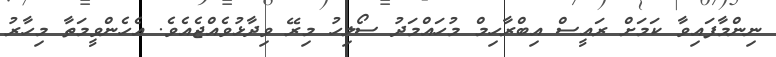
ނިންމާފައިވާ ކަމަށް ރައީސް އިބްރާހިމް މުހައްމަދު ސޯލިހު މިރޭ ވިދާޅުވެއްޖެއެވެ. އެހެންވީމަތާ މިހާރު